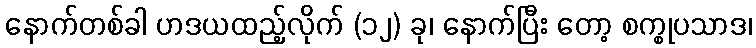
နောက်တစ်ခါ ဟဒယထည့်လိုက် (၁၂) ခု၊ နောက်ပြီး တော့ စက္စုပသာဒ၊